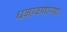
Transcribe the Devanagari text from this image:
धजावणाऱ्या